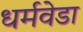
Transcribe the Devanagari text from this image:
धर्मवेडा